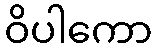
ဝိပါကော